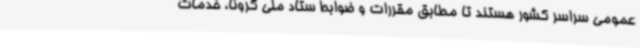
عمومی سراسر کشور هستند تا مطابق مقررات و ضوابط ستاد ملی کرونا، خدمات